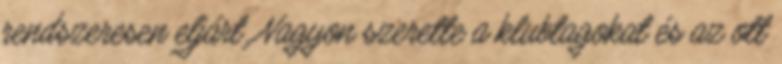
rendszeresen eljárt. Nagyon szerette a klubtagokat és az ott